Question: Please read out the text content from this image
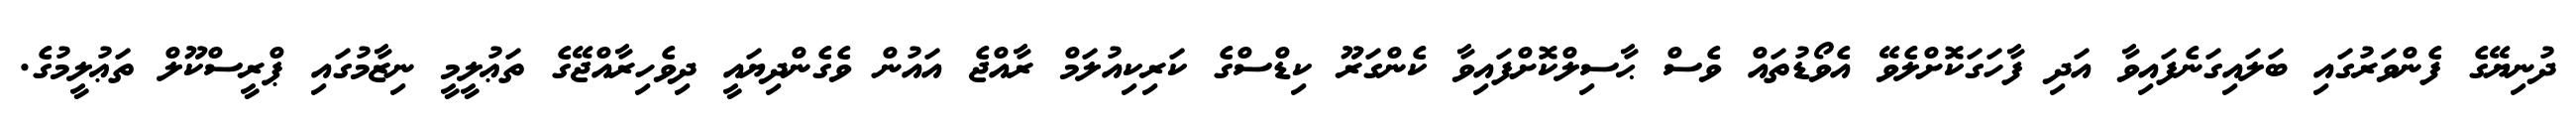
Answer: ދުނިޔޭގެ ފެންވަރުގައި ބަލައިގަނެފައިވާ އަދި ފާހަގަކޮށްލެވޭ އެވޯޑުތައް ވެސް ޙާސިލްކޮށްފައިވާ ކެންގަރޫ ކިޑްސްގެ ކަރިކިއުލަމް ރާއްޖެ އައުން ވެގެންދިޔައީ ދިވެހިރާއްޖޭގެ ތަޢުލީމީ ނިޒާމުގައި ޕްރީސްކޫލް ތަޢުލީމުގެ.